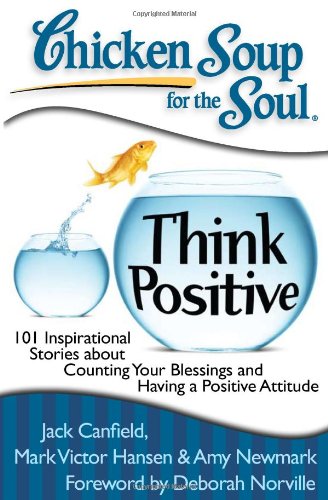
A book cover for Chicken Soup for the Soul: Think Positive: 101 Inspirational Stories about Counting Your Blessings and Having a Positive Attitude; Jack Canfield; Self-Help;